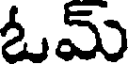
ఓమ్